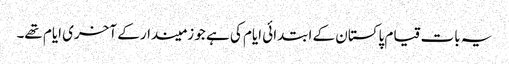
یہ بات قیام پاکستان کے ابتدائی ایام کی ہے جو زمیندار کے آخری ایام تھے۔